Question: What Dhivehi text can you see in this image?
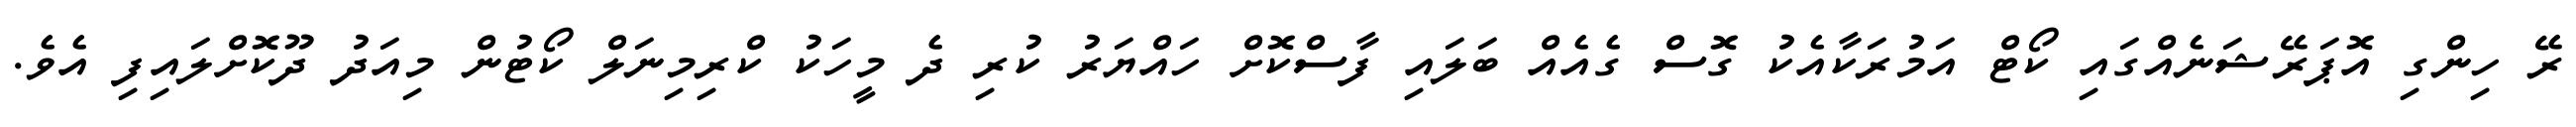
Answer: ރޭ ހިންގި އޮޕަރޭޝަނެއްގައި ކޯޓް އަމުރަކާއެކު ގޮސް ގެއެއް ބަލައި ފާސްކޮށް ހައްޔަރު ކުރި ދެ މީހަކު ކްރިމިނަލް ކޯޓުން މިއަދު ދޫކޮށްލައިފި އެވެ.